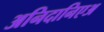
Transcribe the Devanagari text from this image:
अनिदानिएअ